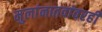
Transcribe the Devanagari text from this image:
मुलांनातवांवरही